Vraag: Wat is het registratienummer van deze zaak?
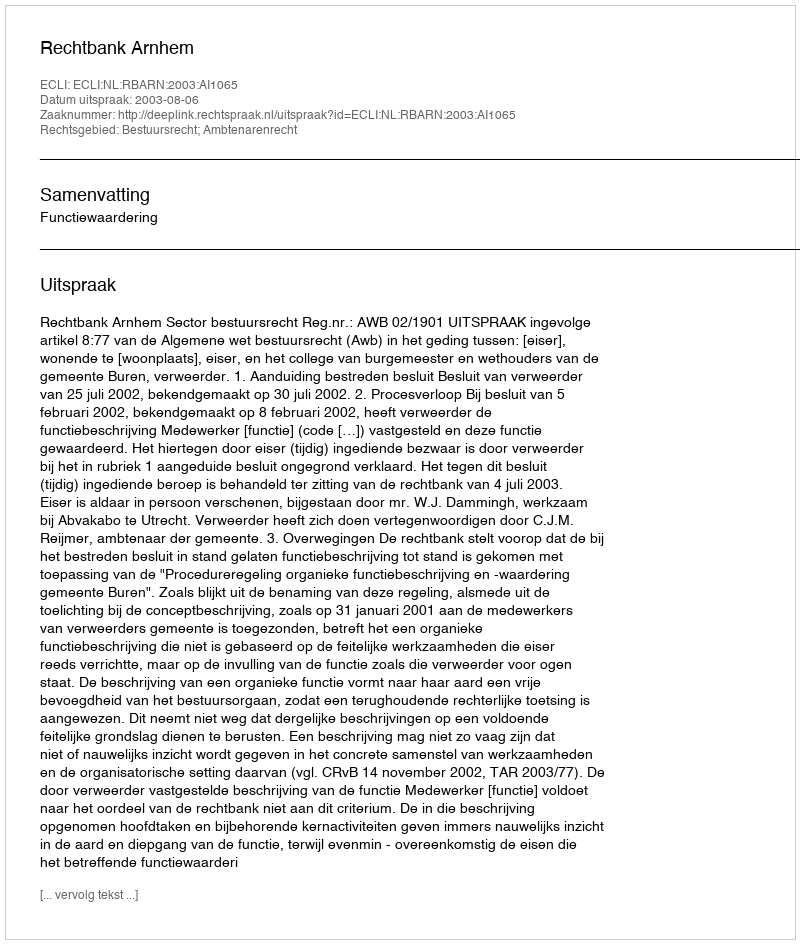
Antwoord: http://deeplink.rechtspraak.nl/uitspraak?id=ECLI:NL:RBARN:2003:AI1065